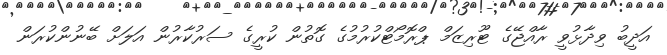
އަދީބު ވިދާޅުވީ ރާއްޖޭގެ ޓޫރިޒަމް ޕްރޮމޯޓްކުރުމުގެ ގޮތުން ކުރީގެ ސަރުކާރުން އަލަށް ބޭނުންކުރަން